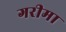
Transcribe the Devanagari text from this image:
गरीमा